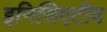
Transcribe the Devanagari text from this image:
इनिसिएटीव